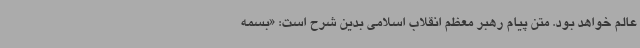
عالم خواهد بود. متن پیام رهبر معظم انقلاب اسلامی بدین شرح است: «بسمه